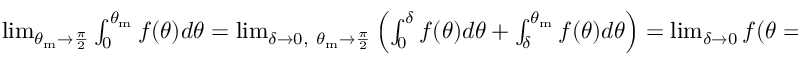
\begin{array} { r } { \operatorname* { l i m } _ { \theta _ { \mathrm { m } } \rightarrow \frac { \pi } { 2 } } \int _ { 0 } ^ { \theta _ { \mathrm { m } } } f ( \theta ) d \theta = \operatorname* { l i m } _ { \delta \rightarrow 0 , ~ \theta _ { \mathrm { m } } \rightarrow \frac { \pi } { 2 } } \left( \int _ { 0 } ^ { \delta } f ( \theta ) d \theta + \int _ { \delta } ^ { \theta _ { \mathrm { m } } } f ( \theta ) d \theta \right) = \operatorname* { l i m } _ { \delta \to 0 } f ( \theta = \delta ) + \operatorname* { l i m } _ { \delta \rightarrow 0 , ~ \theta _ { \mathrm { m } } \rightarrow \frac { \pi } { 2 } } \int _ { \delta } ^ { \theta _ { \mathrm { m } } } f ( \theta ) d \theta , } \end{array}